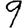
Digit: 9